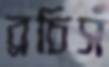
ব্রচিস